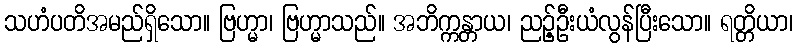
သဟံပတိအမည်ရှိသော။ ဗြဟ္မာ၊ ဗြဟ္မာသည်။ အဘိက္ကန္တာယ၊ ညဉ့်ဦးယံလွန်ပြီးသော။ ရတ္တိယာ၊